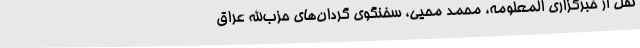
نقل از خبرگزاری المعلومه، محمد محیی، سخنگوی گردان‌های حزب‌الله عراق